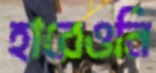
হারেওনি